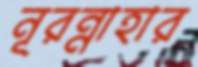
নূরন্নাহার